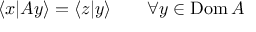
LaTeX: \langle x | A y \rangle = \langle z | y \rangle \qquad \forall y \in \operatorname { D o m } A